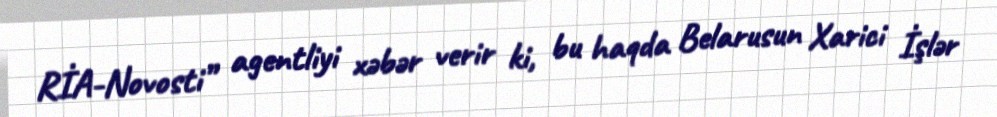
RİA-Novosti” agentliyi xəbər verir ki, bu haqda Belarusun Xarici İşlər